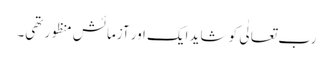
رب تعالٰی کو شاید ایک اور آزمائش منظور تھی۔